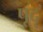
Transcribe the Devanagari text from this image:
पूदृ